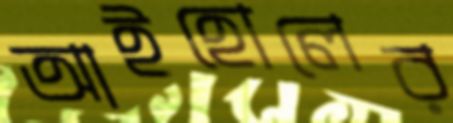
আইহোলের